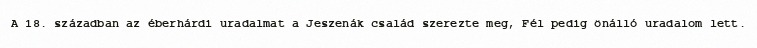
A 18. században az éberhárdi uradalmat a Jeszenák család szerezte meg, Fél pedig önálló uradalom lett.